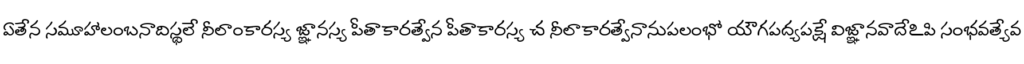
ఏతేన సమూహాలంబనాదిస్థలే నీలాంకారస్య జ్ఞానస్య పీతాకారత్వేన పీతాకారస్య చ నీలాకారత్వేనానుపలంభో యౌగపద్యపక్షే విజ్ఞానవాదేఽపి సంభవత్యేవ